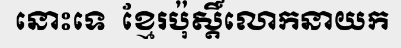
នោះទេ  ខ្មែរប៉ុស្តិ៍លោកនាយក